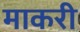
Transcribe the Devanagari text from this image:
माकरी